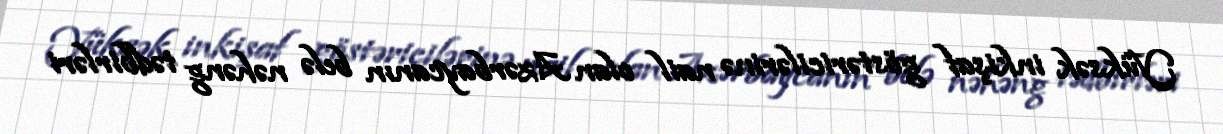
Yüksək inkişaf göstəricilərinə nail olan Azərbaycanın belə nəhəng tədbirləri